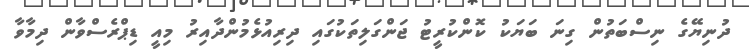
ދުނިޔޭގެ ނިސްބަތުން ގިނަ ބަޔަކު ކޮންކުރީޓު ޖަންގަލިތަކުގައި ދިރިއުޅެމުންދާއިރު މިއީ ޑިޕްރެސްވާން ދިމާވާ